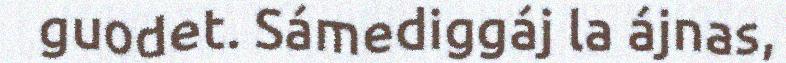
guodet. Sámediggáj la ájnas,